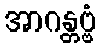
အာဂန္တဗ္ဗံ